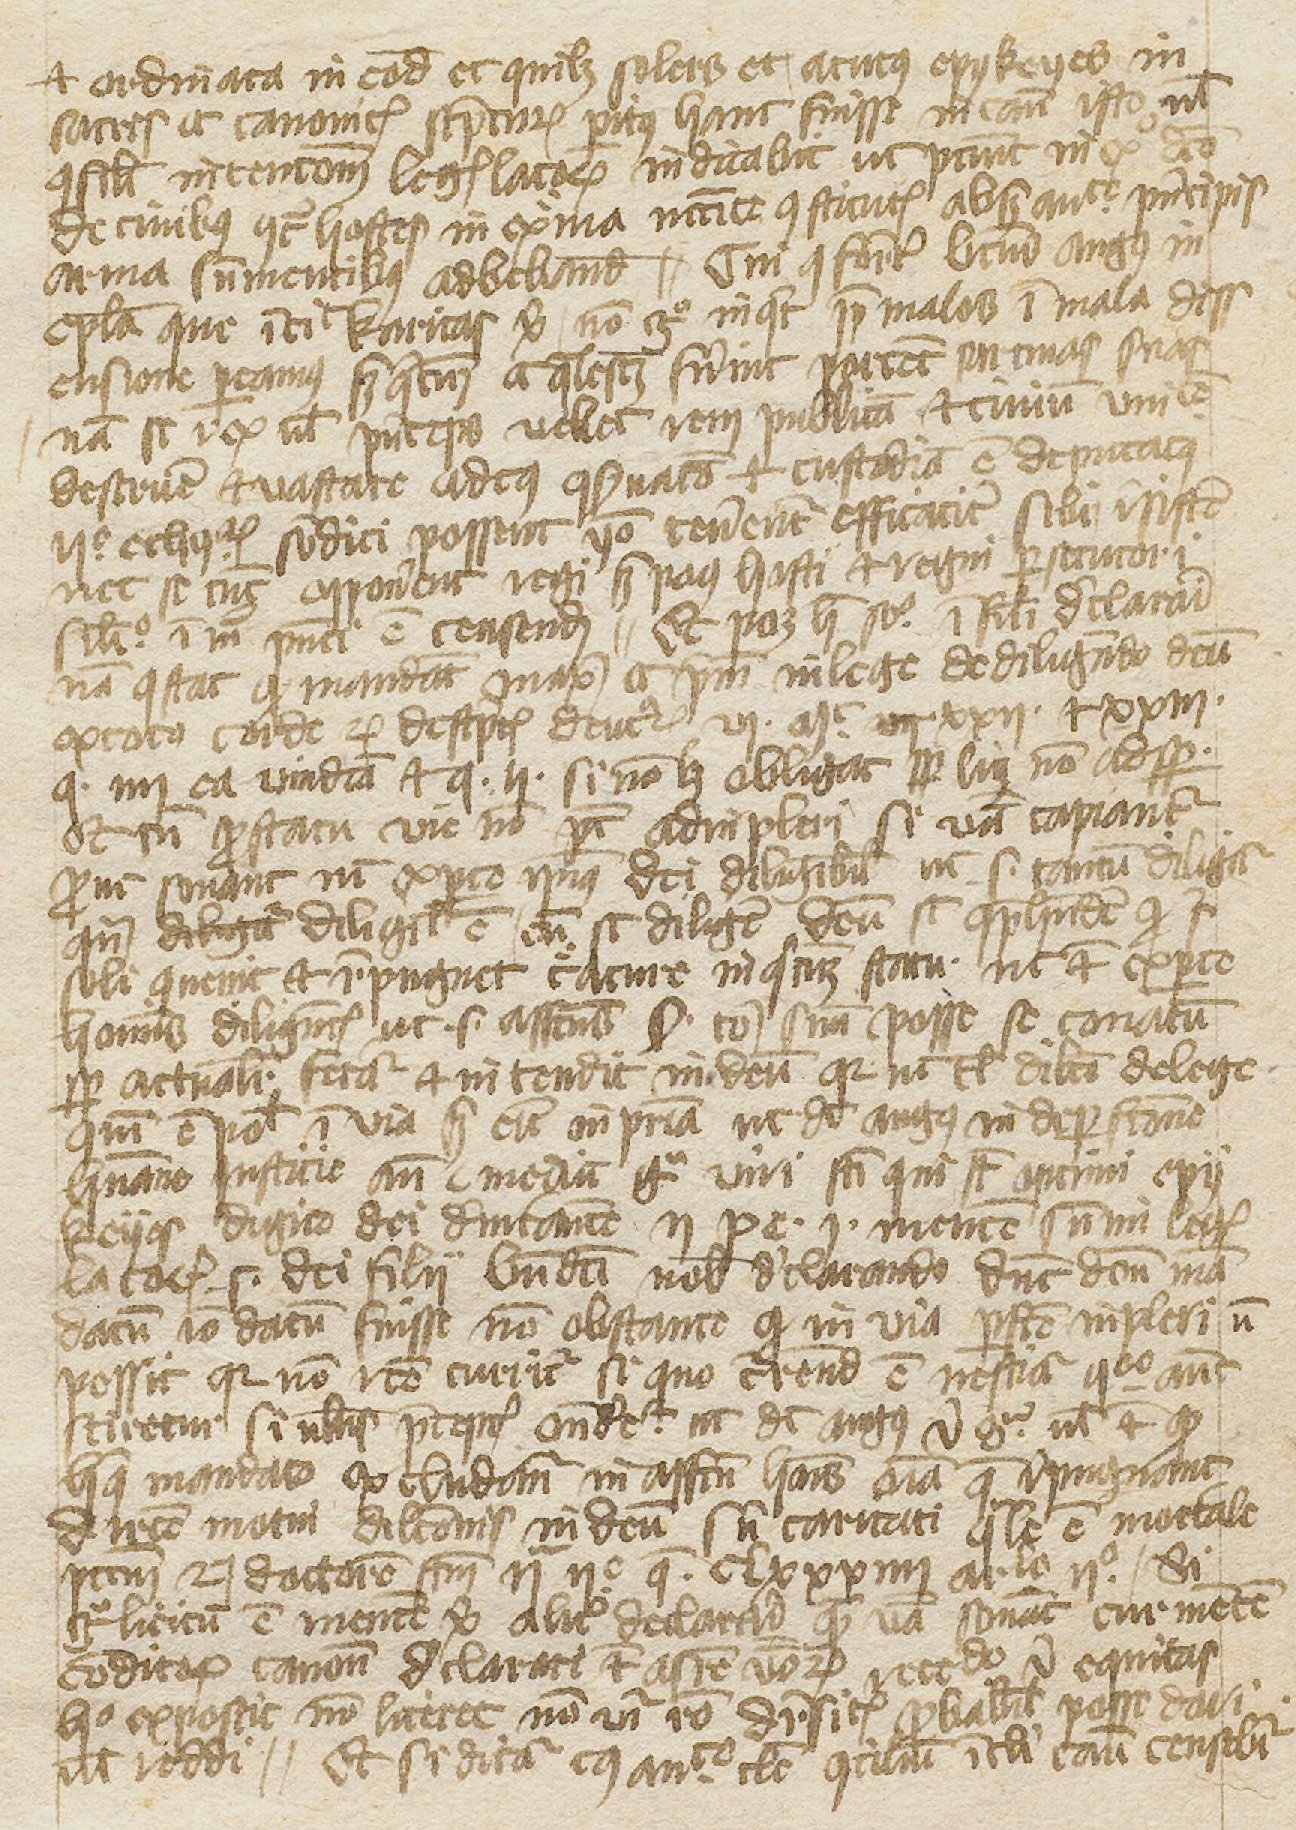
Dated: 1397–1397